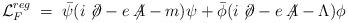
LaTeX: \begin{align*} {\mathcal L}^{reg}_F\;=\; {\bar\psi} (i \not\! \partial - e \not \!\!A - m ) \psi+ {\bar\phi} (i \not\! \partial - e \not \!\!A - \Lambda) \phi\end{align*}